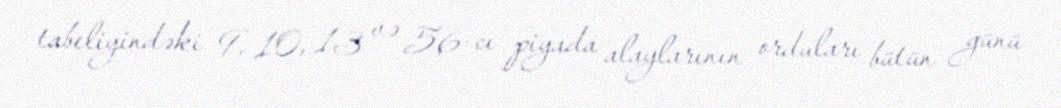
tabeliyindəki 9, 10, 13 və 56-cı piyada alaylarının orduları bütün günü